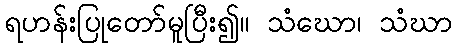
ရဟန်းပြုတော်မူပြီး၍။ သံဃော၊ သံဃာ